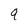
Character: 9